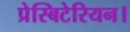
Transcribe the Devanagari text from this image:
प्रेस्बिटेरियन।